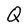
Character: Q